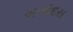
બગોદરા